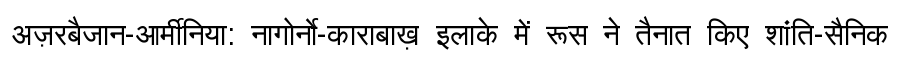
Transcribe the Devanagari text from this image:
अज़रबैजान-आर्मीनिया: नागोर्नो-काराबाख़ इलाके में रूस ने तैनात किए शांति-सैनिक